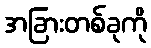
အခြားတစ်ခုကို